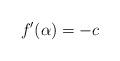
LaTeX: \begin{align*}f'(\alpha)=-c\end{align*}